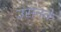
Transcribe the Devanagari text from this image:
उसनके